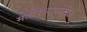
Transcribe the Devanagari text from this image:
मलेशियाखेरीज